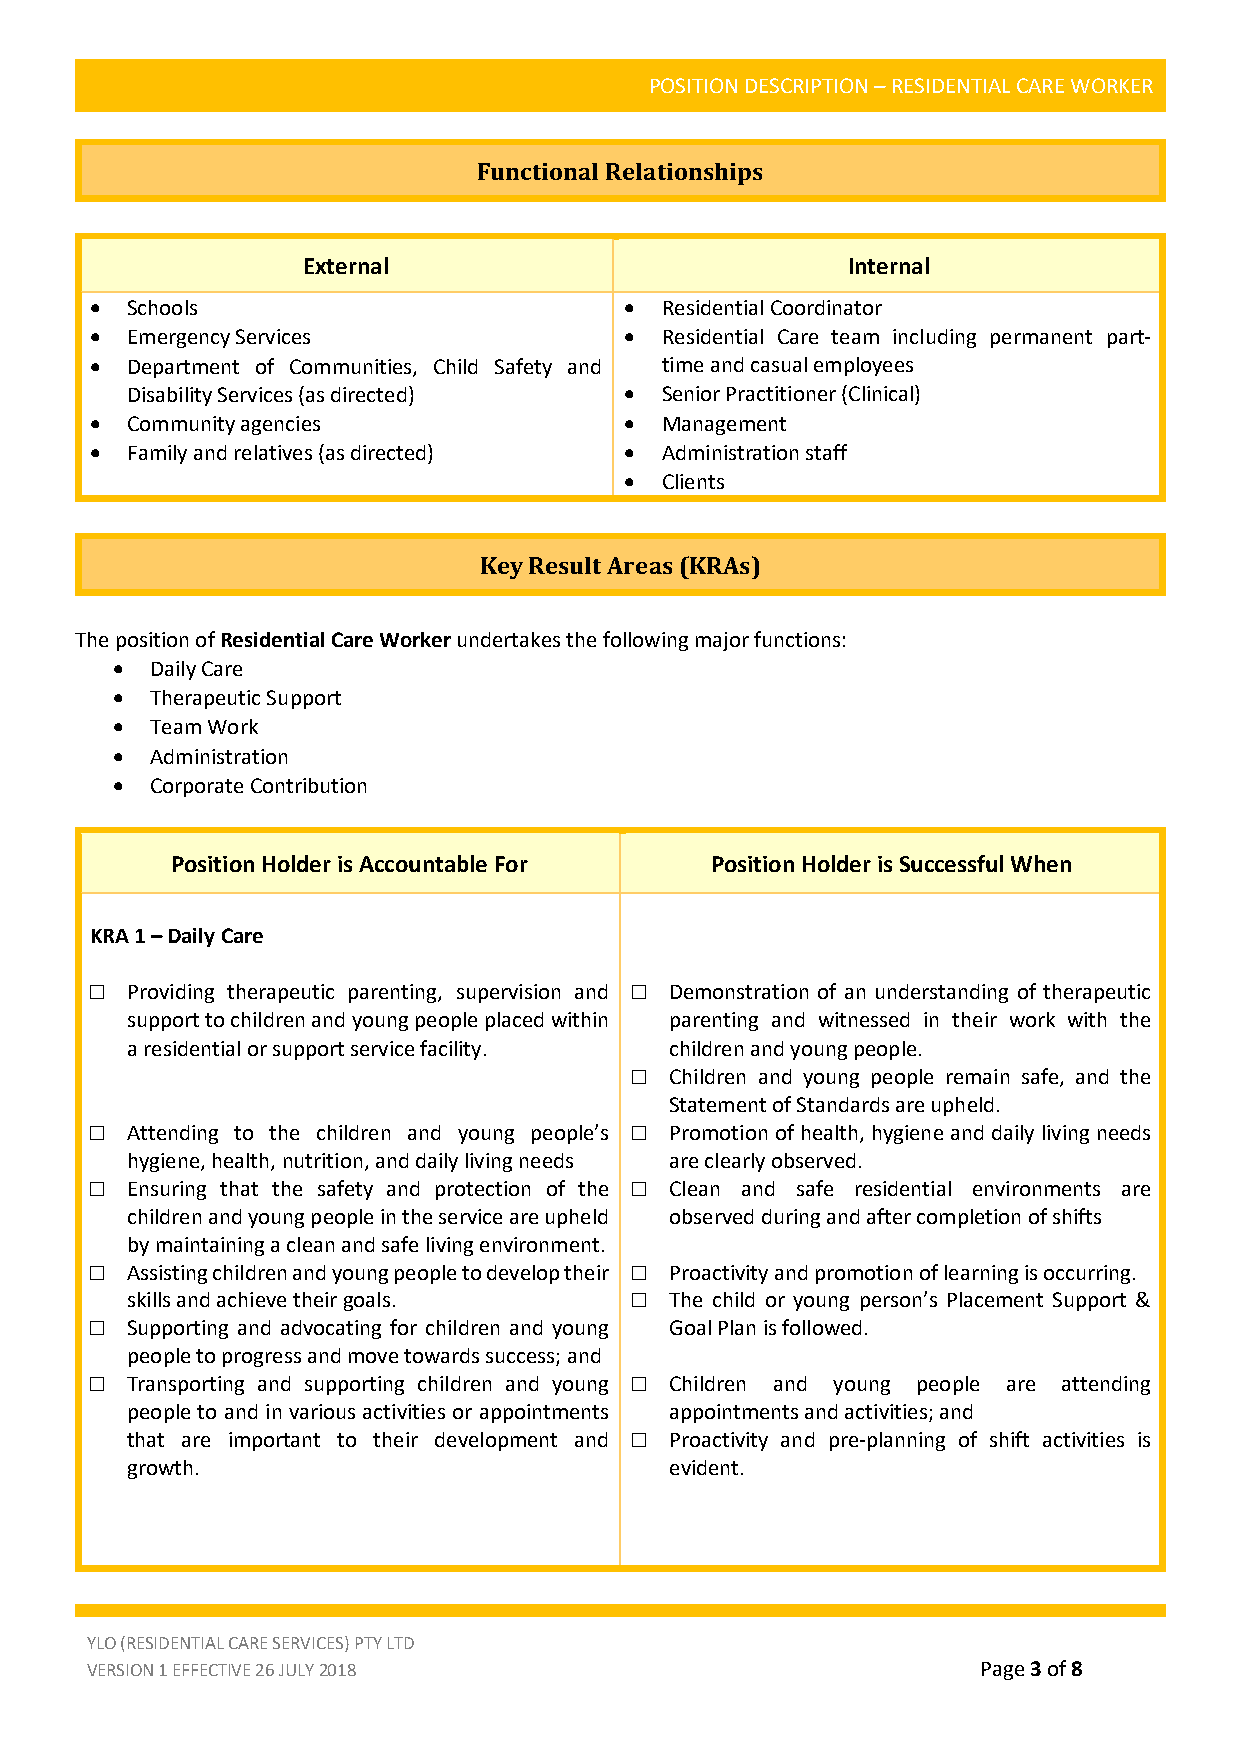
POSITION DESCRIPTION – RESIDENTIAL CARE WORKER
 Functional Relationships
 External                            Internal
 • Schools                          •  Residential Coordinator
 • Emergency Services               •  Residential Care team including permanent part-
 • Department of Communities, Child Safety and time and casual employees
 Disability Services (as directed) • Senior Practitioner (Clinical)
 • Community agencies               •  Management
 • Family and relatives (as directed) • Administration staff
 •  Clients
 Key Result Areas (KRAs)
 The position of Residential Care Worker undertakes the following major functions:
 •  Daily Care
 •  Therapeutic Support
 •  Team Work
 •  Administration
 •  Corporate Contribution
 Position Holder is Accountable For  Position Holder is Successful When
 KRA 1 – Daily Care
 □ Providing therapeutic parenting, supervision and □ Demonstration of an understanding of therapeutic
 support to children and young people placed within parenting and witnessed in their work with the
 a residential or support service facility. children and young people.
 □ Children and young people remain safe, and the
 Statement of Standards are upheld.
 □ Attending to the children and young people’s □ Promotion of health, hygiene and daily living needs
 hygiene, health, nutrition, and daily living needs are clearly observed.
 □ Ensuring that the safety and protection of the □ Clean and safe residential environments are
 children and young people in the service are upheld observed during and after completion of shifts
 by maintaining a clean and safe living environment.
 □ Assisting children and young people to develop their □ Proactivity and promotion of learning is occurring.
 skills and achieve their goals.   □ The child or young person’s Placement Support &
 □ Supporting and advocating for children and young Goal Plan is followed.
 people to progress and move towards success; and
 □ Transporting and supporting children and young □ Children and young people are attending
 people to and in various activities or appointments appointments and activities; and
 that are important to their development and □ Proactivity and pre-planning of shift activities is
 growth.                             evident.
 YLO (RESIDENTIAL CARE SERVICES) PTY LTD
 VERSION 1 EFFECTIVE 26 JULY 2018                           Page 3 of 8